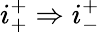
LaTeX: i_{+}^{+}\Rightarrow i_{-}^{+}